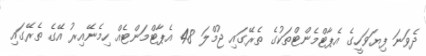
ދެވަނަ ފިޔަވަހީގެ އެޕާޓްމެންޓްތަކުގެ ތެރޭގައި ޖުމްލަ 48 އެޕާޓްމަންޓެއް ހިމެނޭއިރު އޭގެ ތެރޭގައި